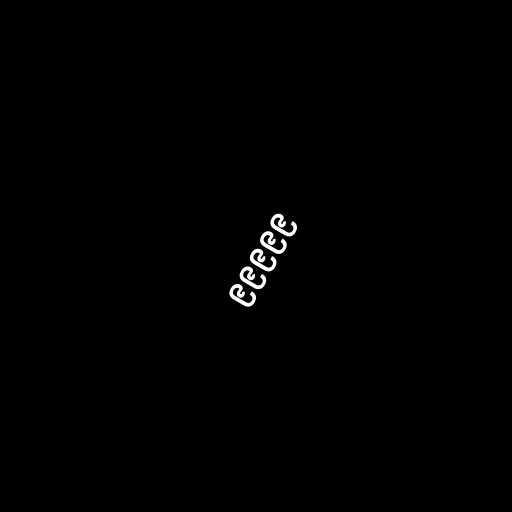
၉၉၉၉၉